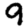
Digit: 9